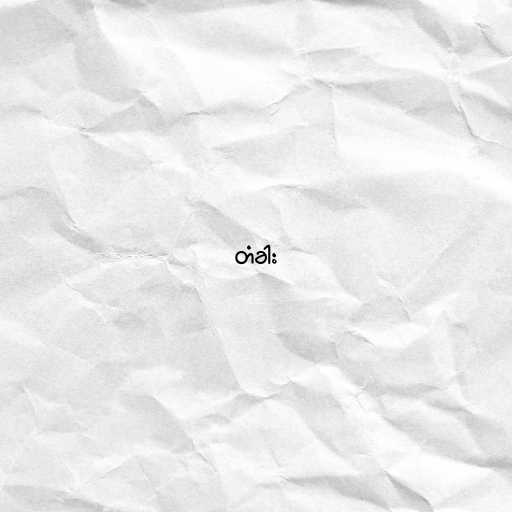
တံခါး